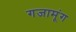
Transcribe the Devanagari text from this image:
गजामूंग